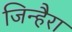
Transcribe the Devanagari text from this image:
जिन्हैरा